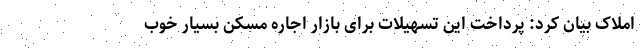
املاک بیان کرد: پرداخت این تسهیلات برای بازار اجاره مسکن بسیار خوب